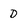
Character: D